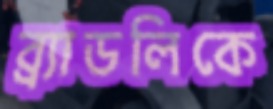
ব্র্যাডলিকে